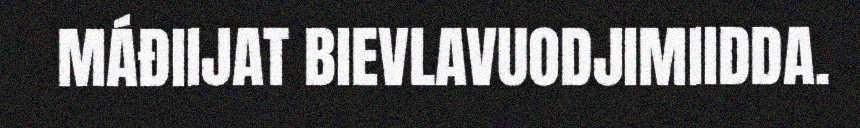
MÁĐIIJAT BIEVLAVUODJIMIIDDA.